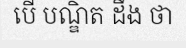
បើ បណ្ឌិត ដឹង ថា